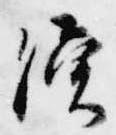
続